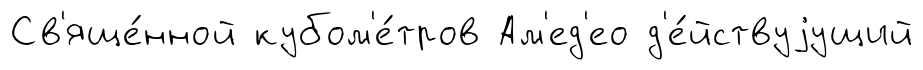
Св'яще́нной кубом'е́тров Ам'ед'ео д'е́йствуjущий